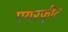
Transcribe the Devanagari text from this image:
एयरफ़्रीट